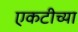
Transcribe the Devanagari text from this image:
एकटीच्या